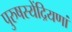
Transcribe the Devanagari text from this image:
पुरुषस्येंद्रियणां